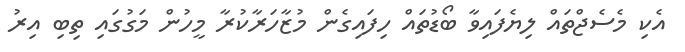
އެކި މެސެޖްތައް ލިޔެފައިވާ ބޯޑުތައް ހިފައިގެން މުޒާހަރާކުރާ މީހުން މަގުގައި ތިބި އިރު